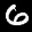
Label: 6